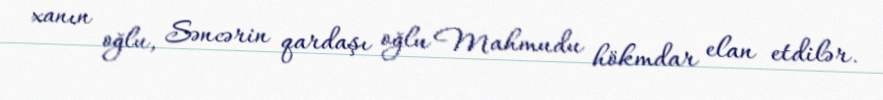
xanın oğlu, Səncərin qardaşı oğlu Mahmudu hökmdar elan etdilər.